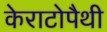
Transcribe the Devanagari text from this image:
केराटोपैथी